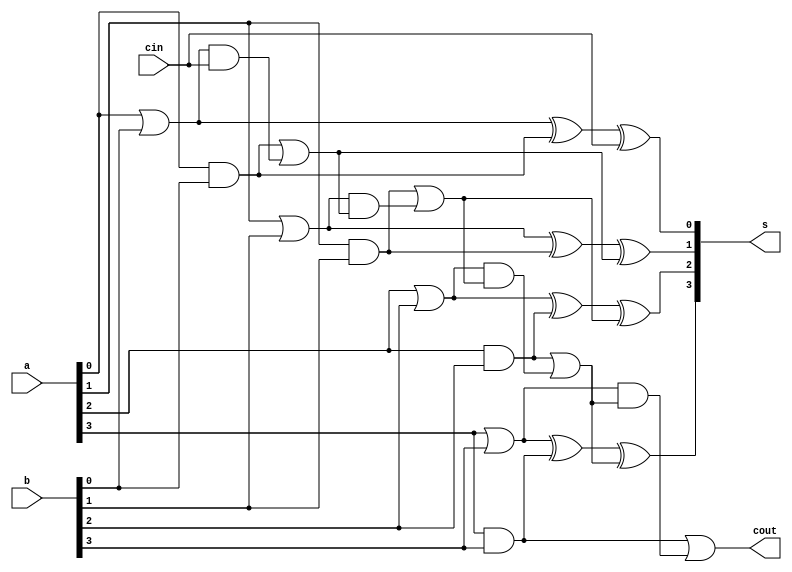
`timescale 1ns / 1ps
//////////////////////////////////////////////////////////////////////////////////
// Company: 
// Engineer: 
// 
// Design Name: 
// Module Name:    cla 
// Project Name: 
// Target Devices: 
// Tool versions: 
// Description: 
//
// Dependencies: 
//
// Revision: 
// Revision 0.01 - File Created
// Additional Comments: 
//
//////////////////////////////////////////////////////////////////////////////////
module cla(a,b,cin,s,cout);
input[3:0]a,b;
input cin;
output[3:0]s;
output cout;
wire p0,p1,p2,p3,g0,g1,g2,g3;
wire c1,c2,c3,c4;
assign p0=a[0]|b[0];
assign p1=a[1]|b[1];
assign p2=a[2]|b[2];
assign p3=a[3]|b[3];
assign g0=a[0]&b[0];
assign g1=a[1]&b[1];
assign g2=a[2]&b[2];
assign g3=a[3]&b[3];
assign c1=g0|(p0&cin);
assign c2=g1|(p1&c1);
assign c3=g2|(p2&c2);
assign c4=g3|(p3&c3);
assign s[0]=p0^g0^cin;
assign s[1]=p1^g1^c1;
assign s[2]=p2^g2^c2;
assign s[3]=p3^g3^c3;
 assign cout=c4;
endmodule